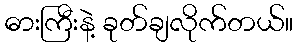
ဓားကြီးနဲ့ ခုတ်ချလိုက်တယ်။